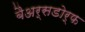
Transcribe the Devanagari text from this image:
बैअर्सडोर्फ